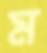
ম